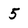
Character: 5